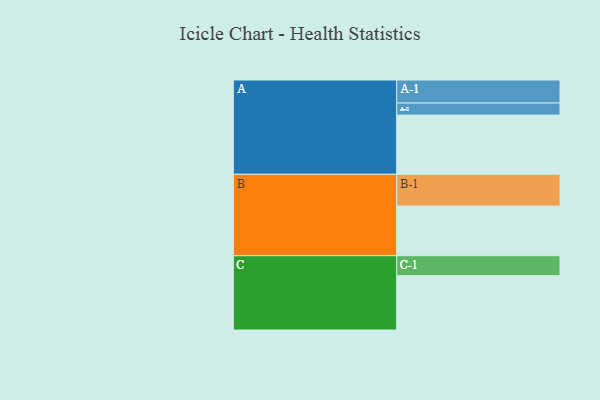
{"axis": {"x": "Segment", "y": "Value"}, "legend": ["", "A", "B", "C"], "data": [{"x": "A", "y": 514, "type": ""}, {"x": "B", "y": 431, "type": ""}, {"x": "C", "y": 472, "type": ""}, {"x": "A-1", "y": 200, "type": "A"}, {"x": "A-2", "y": 105, "type": "A"}, {"x": "B-1", "y": 276, "type": "B"}, {"x": "C-1", "y": 173, "type": "C"}]}